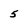
Character: 5